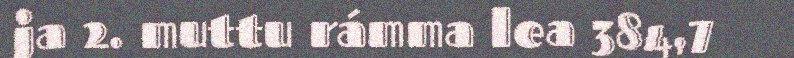
ja 2. muttu rámma lea 384,7